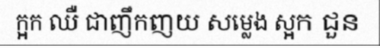
ក្អក ឈឺ ជាញឹកញយ សម្លេង ស្អក ជួន